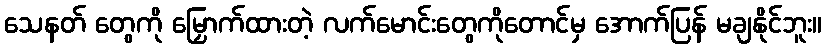
သေနတ် တွေကို မြှောက်ထားတဲ့ လက်မောင်းတွေကိုတောင်မှ အောက်ပြန် မချနိုင်ဘူး။